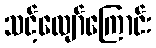
သင့်လျော်ကြောင်း